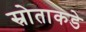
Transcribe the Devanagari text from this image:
स्रोताकडे